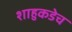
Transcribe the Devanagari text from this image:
शाहुकडेच